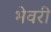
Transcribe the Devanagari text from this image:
भेवरी